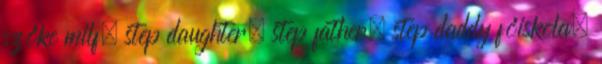
szőke milf, step daughter, step father, step daddy főiskola,